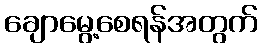
ချောမွေ့စေရန်အတွက်